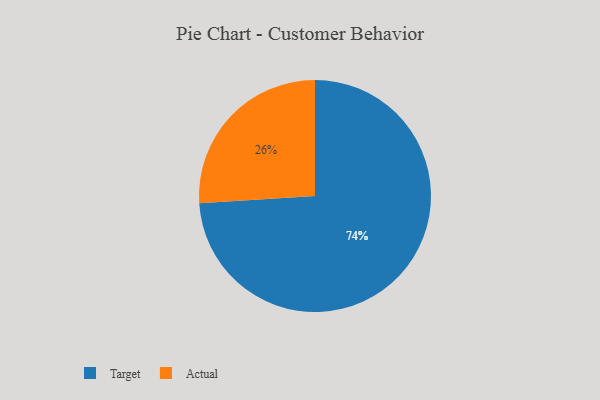
{"axis": {"x": "Category", "y": "Percentage"}, "legend": ["Actual", "Target"], "data": [{"x": "Actual", "y": 26, "type": "Actual"}, {"x": "Target", "y": 74, "type": "Target"}]}